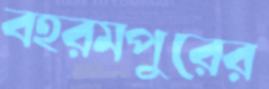
বহরমপুরের